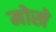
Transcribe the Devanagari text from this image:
मोखे